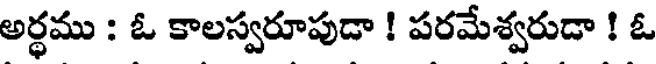
అర్ధము : ఓ కాలస్వరూపుడా ! పరమేశ్వరుడా ! ఓ